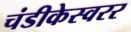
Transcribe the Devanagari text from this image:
चंडीकेस्वरर